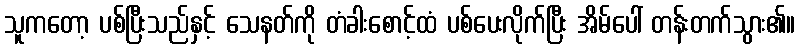
သူကတော့ ပစ်ပြီးသည်နှင့် သေနတ်ကို တံခါးစောင့်ထံ ပစ်ပေးလိုက်ပြီး အိမ်ပေါ် တန်းတက်သွား၏။